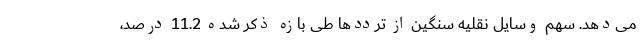
می‌دهد. سهم وسایل نقلیه سنگین از ترددها طی بازه ذکر شده 11.2 درصد،